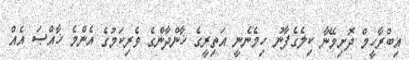
އިބްރާހީމް ދޮށިމޭނާ ކިލެގެފާނު ހިމެނެނީ އަތިރީގެ ޚާންދާންގެ ވެރިކަމުގެ އެންމެ ޚާއްޞަ އެއް